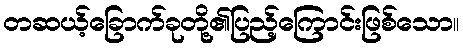
တဆယ့်ခြောက်ခုတို့၏ပြည့်ကြောင်းဖြစ်သော။